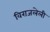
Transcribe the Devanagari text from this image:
विराजलेली